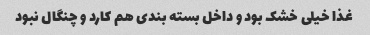
غذا خیلی خشک بود و داخل بسته بندی هم کارد و چنگال نبود